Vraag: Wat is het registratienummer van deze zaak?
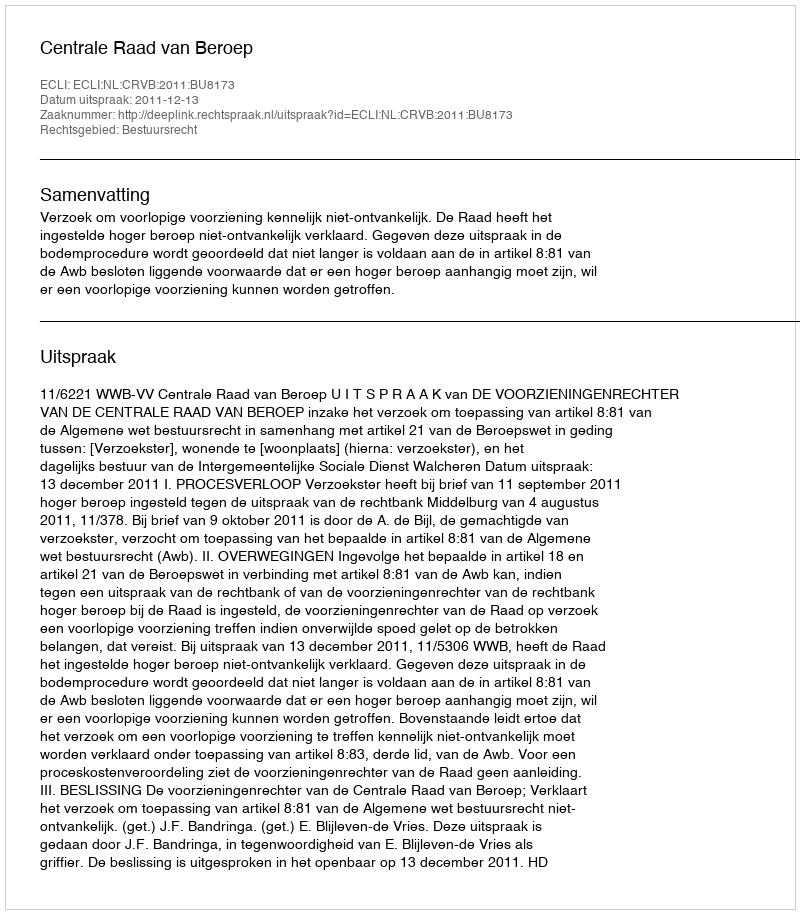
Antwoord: http://deeplink.rechtspraak.nl/uitspraak?id=ECLI:NL:CRVB:2011:BU8173